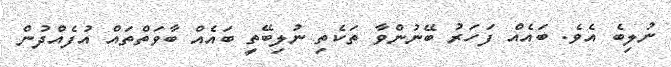
ނުލިބެ އެވެ. ބައެއް ފަހަރު ބޭނުންވާ ތަކެތި ނުލިބޭތީ ބައެއް ބާވަތްތައް އުފެއްދުން